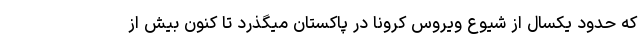
که حدود یکسال از شیوع ویروس کرونا در پاکستان میگذرد تا کنون بیش از